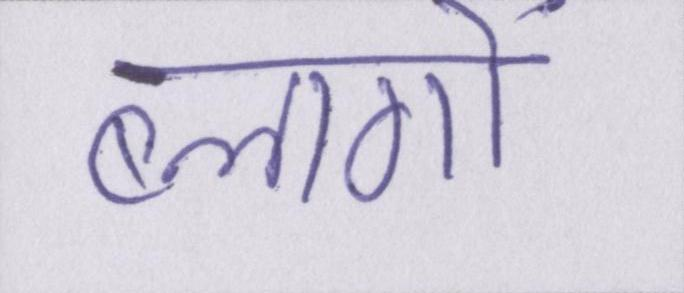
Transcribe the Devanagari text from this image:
ब्लागों